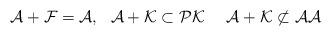
LaTeX: \begin{align*} \mathcal A + \mathcal F = \mathcal A, \ \ \mathcal A + \mathcal K \subset \mathcal P \mathcal K \ \ \ \ \mathcal A + \mathcal K \not\subset \mathcal A \mathcal A\end{align*}